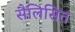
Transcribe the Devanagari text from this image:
सैलिसित